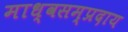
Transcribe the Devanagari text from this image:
माध्वसम्प्रदाय